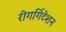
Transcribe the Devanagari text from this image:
रीगर्गिटेशन